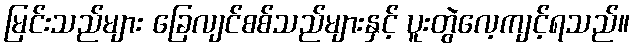
မြင်းသည်များ ခြေလျင်စစ်သည်များနှင့် ပူးတွဲလေ့ကျင့်ရသည်။